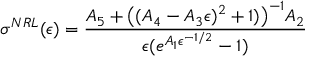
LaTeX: \sigma ^ { N R L } ( \epsilon ) = { \frac { A _ { 5 } + { \big ( } ( A _ { 4 } - A _ { 3 } \epsilon ) ^ { 2 } + 1 ) { \big ) } ^ { - 1 } A _ { 2 } } { \epsilon ( e ^ { A _ { 1 } \epsilon ^ { - 1 / 2 } } - 1 ) } }